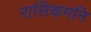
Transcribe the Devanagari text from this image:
रासिकमनि